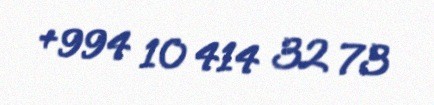
+994 10 414 32 73